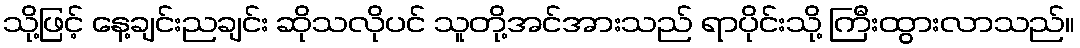
သို့ဖြင့် နေ့ချင်းညချင်း ဆိုသလိုပင် သူတို့အင်အားသည် ရာပိုင်းသို့ ကြီးထွားလာသည်။